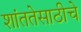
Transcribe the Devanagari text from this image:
शांततेसाठीचे